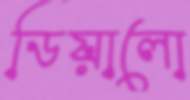
ডিয়ালো